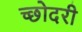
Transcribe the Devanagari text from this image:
च्छोदरी